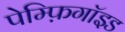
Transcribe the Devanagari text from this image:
पेम्फ़िगॉइड